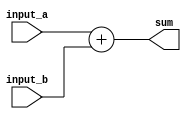
module arithmetic_block(
    input wire [7:0] input_a,
    input wire [7:0] input_b,
    output reg [8:0] sum
);

always @(*) begin
    sum = input_a + input_b;
end

endmodule